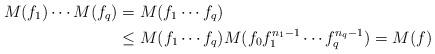
LaTeX: \begin{align*}M(f_1) \cdots M(f_q) & = M(f_1\cdots f_q)\\& \leq M(f_1\cdots f_q)M(f_0f_1^{n_1-1}\cdots f_q^{n_q-1})=M(f)\end{align*}